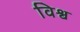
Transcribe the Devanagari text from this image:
विश्व